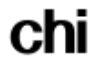
chi